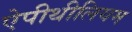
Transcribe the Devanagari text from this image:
ऐपीथीलियम